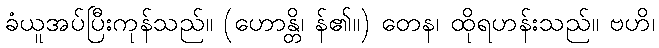
ခံယူအပ်ပြီးကုန်သည်။ (ဟောန္တိ၊ န်၏။) တေန၊ ထိုရဟန်းသည်။ ဗဟိ၊